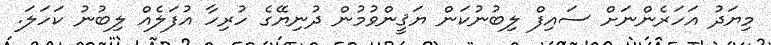
މިޔަދު އަހަރެންނަށް ސައިފް ލިބުނުކަން ޔަޤީންވުމުން ދުނިޔޭގެ ހުރިހާ އުފަލެއް ލިބުނު ކަހަލަ.